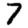
Digit: 7